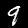
Label: 9